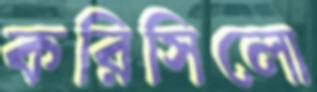
করিসিলো